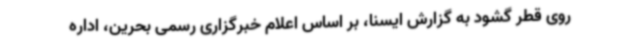
روی قطر گشود به گزارش ایسنا، بر اساس اعلام خبرگزاری رسمی بحرین، اداره